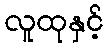
လူထုနှင့်